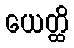
ယေတ္ထိ